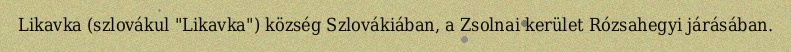
Likavka (szlovákul "Likavka") község Szlovákiában, a Zsolnai kerület Rózsahegyi járásában.